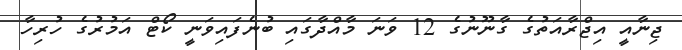
ޖިނާއީ އިޖްރާއަތުގެ ގާނޫނުގެ 12 ވަނަ މާއްދާގައި ބުނެފައިވަނީ ކޯޓް އަމުރުގެ ހުރިހާ